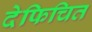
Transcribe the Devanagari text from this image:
देफिचित